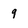
Character: 9